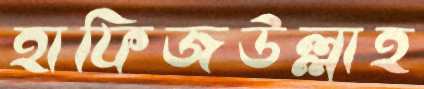
হাফিজউল্লাহ